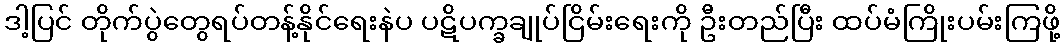
ဒါ့ပြင် တိုက်ပွဲတွေရပ်တန့်နိုင်ရေးနဲပ ပဋိပက္ခချုပ်ငြိမ်းရေးကို ဦးတည်ပြီး ထပ်မံကြိုးပမ်းကြဖို့